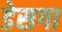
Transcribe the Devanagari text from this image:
डेसगा